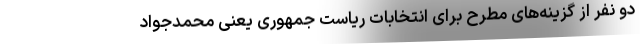
دو نفر از گزینه‌های مطرح برای انتخابات ریاست جمهوری یعنی محمدجواد